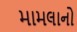
મામલાનો